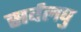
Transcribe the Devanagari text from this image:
सर्वलघु